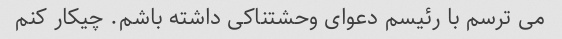
می ترسم با رئیسم دعوای وحشتناکی داشته باشم. چیکار کنم